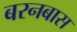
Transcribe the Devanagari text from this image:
बरनबास